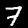
Digit: 7